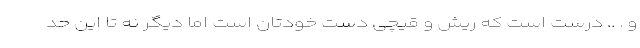
و . .. درست است که ریش و قیچی دست خودتان است اما دیگر نه تا این حد